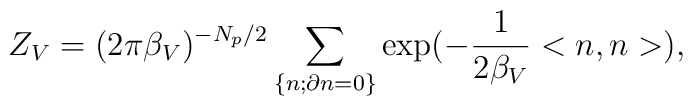
Z_V = (2\pi {\beta}_V)^{-N_p/2}  \sum_{\left\{ n; \partial n = 0 \right\}}\exp(-\frac{1}{2{\beta}_V}<n,n>),